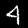
Digit: 4